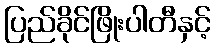
ပြည်ခိုင်ဖြိုးပါတီနှင့်